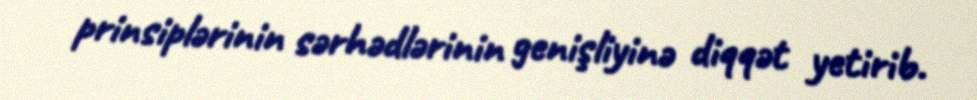
prinsiplərinin sərhədlərinin genişliyinə diqqət yetirib.